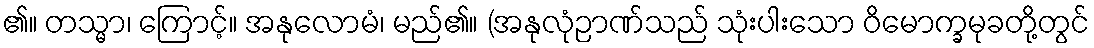
၏။ တသ္မာ၊ ကြောင့်။ အနုလောမံ၊ မည်၏။ (အနုလုံဉာဏ်သည် သုံးပါးသော ဝိမောက္ခမုခတို့တွင်